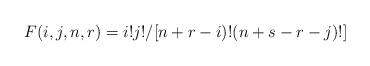
LaTeX: \begin{align*}F(i,j,n,r)=i!j!/[n+r-i)!(n+s-r-j)!]\end{align*}